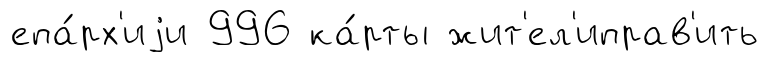
епа́рх'иjи 996 ка́рты жит'ел'иправ'ить